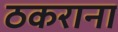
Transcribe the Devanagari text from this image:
ठकराना